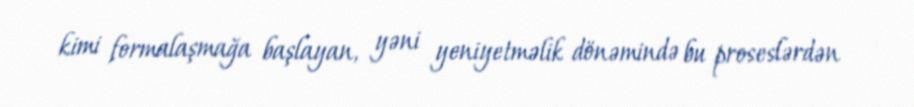
kimi formalaşmağa başlayan, yəni yeniyetməlik dönəmində bu proseslərdən